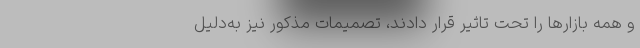
و همه بازارها را تحت تاثیر قرار دادند، تصمیمات مذکور نیز به‌دلیل